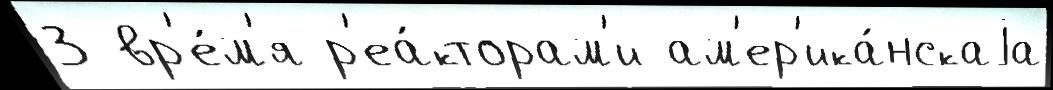
3 вр'е́м'я р'еа́кторам'и ам'ер'ика́нскаjа